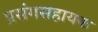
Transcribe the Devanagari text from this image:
प्रसंगसहायक